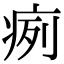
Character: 㾐